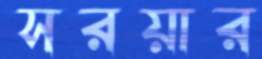
সরয়ার